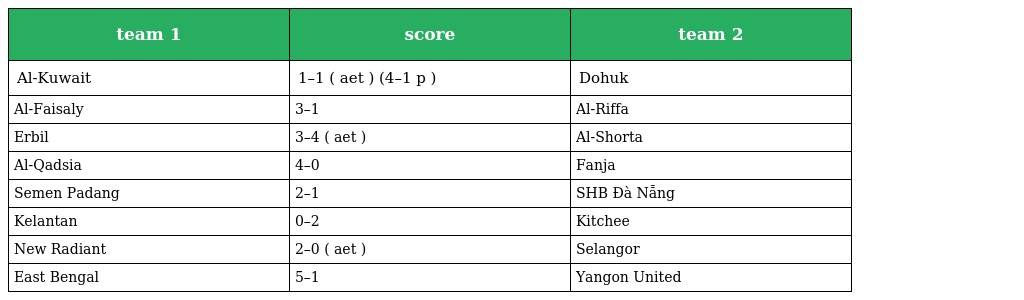
| team 1 | score | team 2 |
 | --- | --- | --- |
 | Al-Kuwait | 1–1 ( aet ) (4–1 p ) | Dohuk |
 | Al-Faisaly | 3–1 | Al-Riffa |
 | Erbil | 3–4 ( aet ) | Al-Shorta |
 | Al-Qadsia | 4–0 | Fanja |
 | Semen Padang | 2–1 | SHB Ðà Nẵng |
 | Kelantan | 0–2 | Kitchee |
 | New Radiant | 2–0 ( aet ) | Selangor |
 | East Bengal | 5–1 | Yangon United |